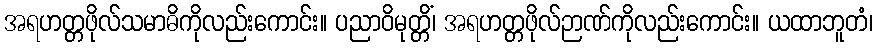
အရဟတ္တဖိုလ်သမာဓိကိုလည်းကောင်း။ ပညာဝိမုတ္တိံ၊ အရဟတ္တဖိုလ်ဉာဏ်ကိုလည်းကောင်း။ ယထာဘူတံ၊